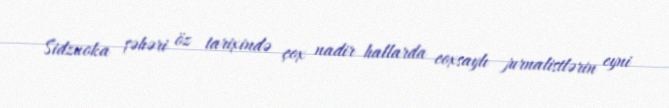
Sidzuoka şəhəri öz tarixində çox nadir hallarda coxsaylı jurnalistlərin eyni